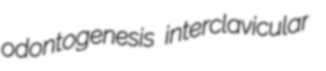
odontogenesis interclavicular